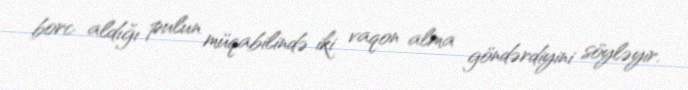
borc aldığı pulun müqabilində iki vaqon alma göndərdiyini söyləyir.